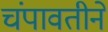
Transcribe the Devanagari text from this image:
चंपावतीने